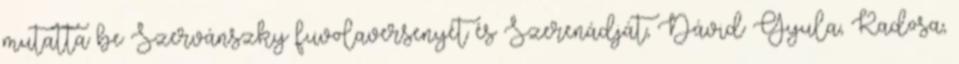
mutatta be Szervánszky fuvolaversenyét és Szerenádját, Dávid Gyula, Kadosa,